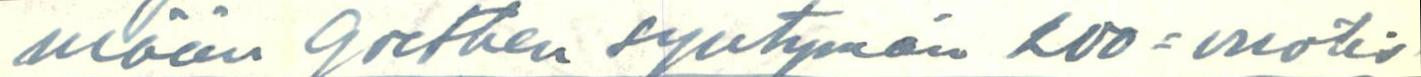
mään Goethen syntymän 200=vuotis